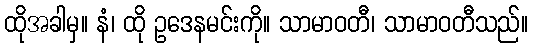
ထိုအခါမှ။ နံ၊ ထို ဥဒေနမင်းကို။ သာမာဝတီ၊ သာမာဝတီသည်။